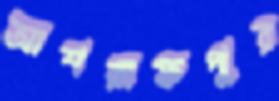
আশরাফপুর